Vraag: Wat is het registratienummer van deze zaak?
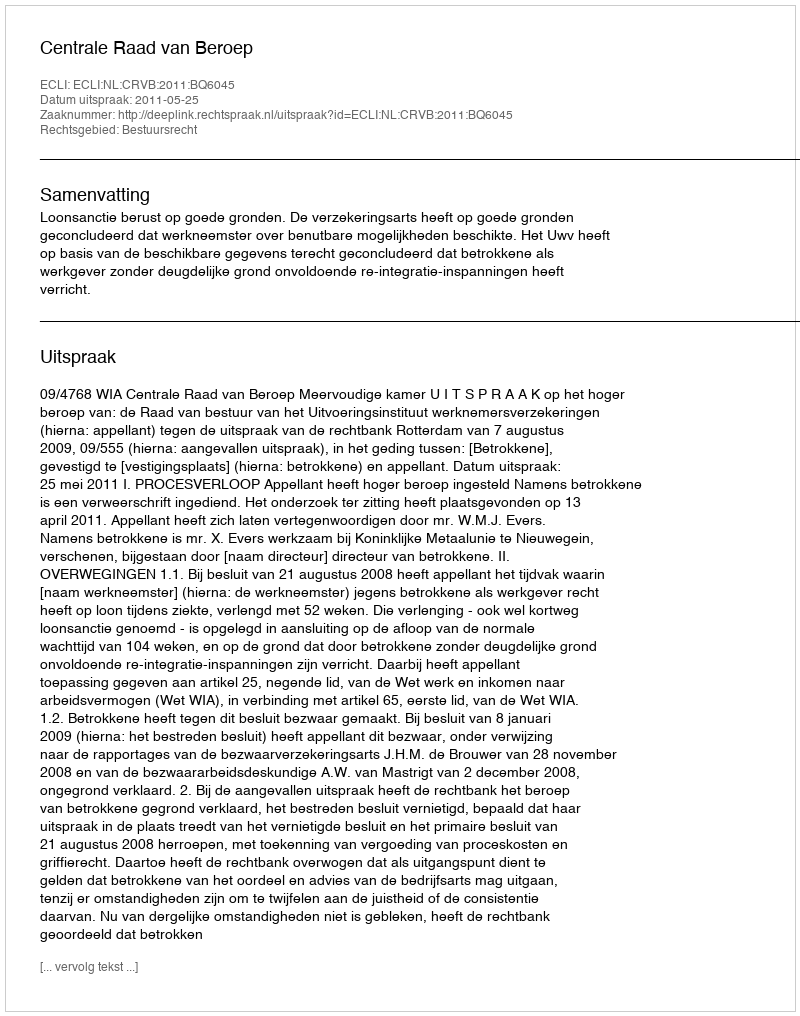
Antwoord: http://deeplink.rechtspraak.nl/uitspraak?id=ECLI:NL:CRVB:2011:BQ6045